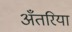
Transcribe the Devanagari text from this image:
अँतरिया